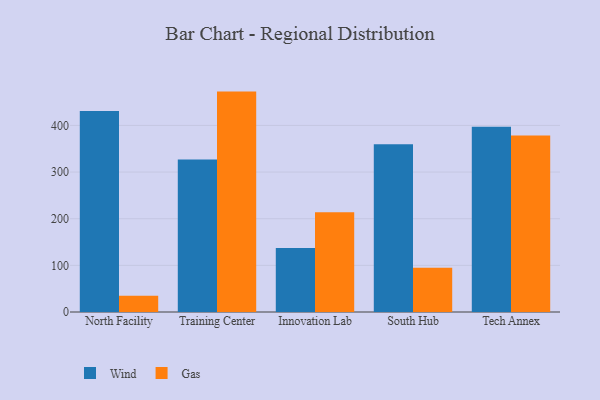
{"axis": {"x": "Campus", "y": "Latency (ms)"}, "legend": ["Gas", "Wind"], "data": [{"x": "North Facility", "y": 430.9, "type": "Wind"}, {"x": "North Facility", "y": 34.8, "type": "Gas"}, {"x": "Training Center", "y": 326.8, "type": "Wind"}, {"x": "Training Center", "y": 472.5, "type": "Gas"}, {"x": "Innovation Lab", "y": 137.4, "type": "Wind"}, {"x": "Innovation Lab", "y": 214.1, "type": "Gas"}, {"x": "South Hub", "y": 359.4, "type": "Wind"}, {"x": "South Hub", "y": 95.1, "type": "Gas"}, {"x": "Tech Annex", "y": 397.1, "type": "Wind"}, {"x": "Tech Annex", "y": 378.3, "type": "Gas"}]}